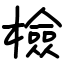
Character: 檢